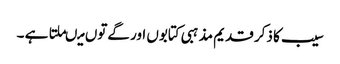
سیب کا ذکر قدیم مذہبی کتابوں اور گےتوں میںملتا ہے ۔